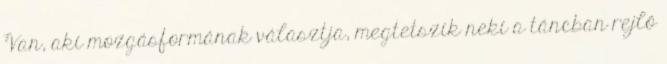
Van, aki mozgásformának választja, megtetszik neki a táncban rejlő